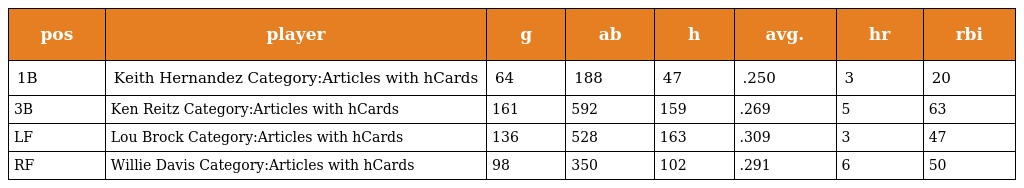
| pos | player | g | ab | h | avg. | hr | rbi |
 | --- | --- | --- | --- | --- | --- | --- | --- |
 | 1B | Keith Hernandez Category:Articles with hCards | 64 | 188 | 47 | .250 | 3 | 20 |
 | 3B | Ken Reitz Category:Articles with hCards | 161 | 592 | 159 | .269 | 5 | 63 |
 | LF | Lou Brock Category:Articles with hCards | 136 | 528 | 163 | .309 | 3 | 47 |
 | RF | Willie Davis Category:Articles with hCards | 98 | 350 | 102 | .291 | 6 | 50 |